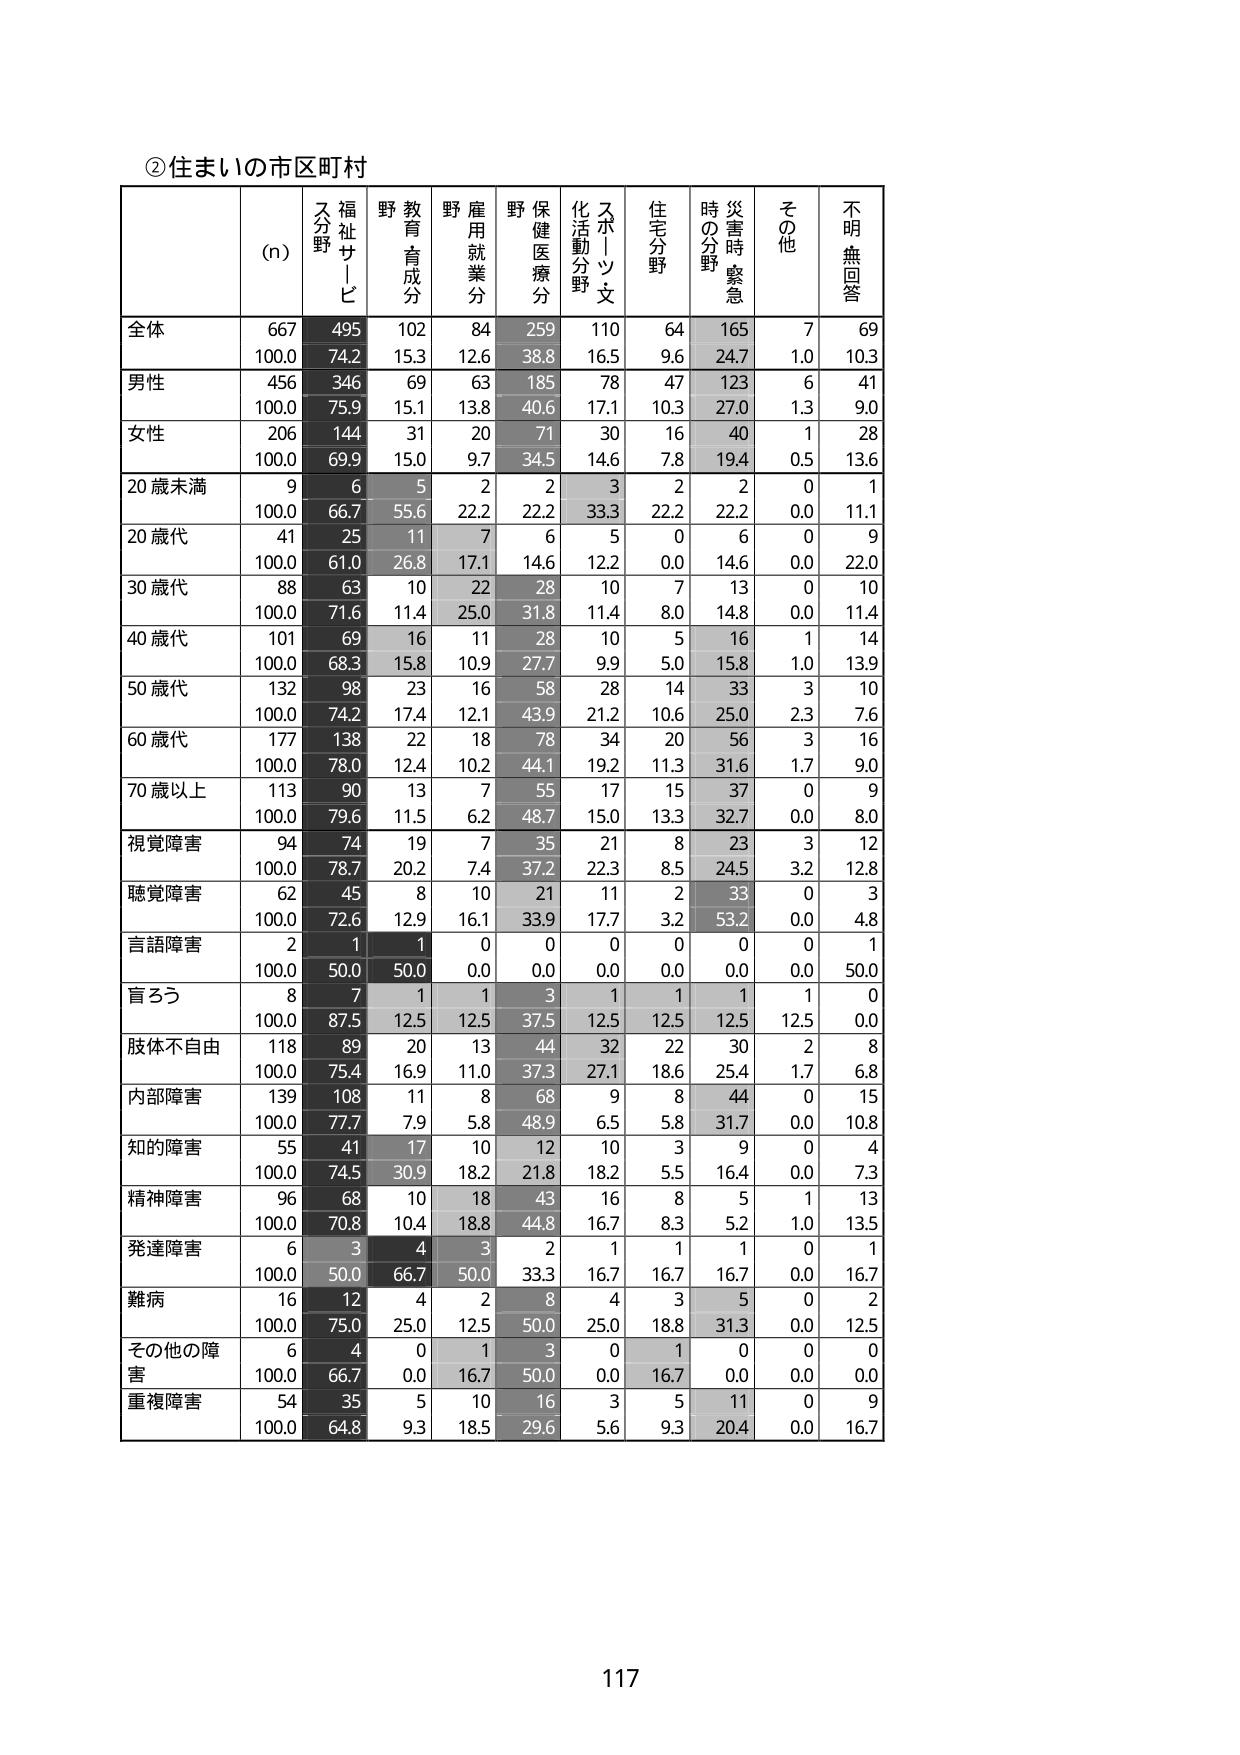
②住まいの市区町村

(n) 福祉サービス分野 教育育成分野 雇用就業分野 保健医療分野 スポーツ・文化活動分野 住宅分野 時の分野 災害時緊急 その他 不明無回答

全体 667 495 102 84 259 110 64 165 7 69
100.0 74.2 15.3 12.6 38.8 16.5 9.6 24.7 1.0 10.3

男性 456 346 69 63 185 78 47 123 6 41
100.0 75.9 15.1 13.8 40.6 17.1 10.3 27.0 1.3 9.0

女性 206 144 31 20 71 30 16 40 1 28
100.0 69.9 15.0 9.7 34.5 14.6 7.8 19.4 0.5 13.6

20歳未満 9 6 5 2 2 3 2 2 0 1
100.0 66.7 55.6 22.2 22.2 33.3 22.2 22.2 0.0 11.1

20歳代 41 25 11 7 6 5 0 6 0 9
100.0 61.0 26.8 17.1 14.6 12.2 0.0 14.6 0.0 22.0

30歳代 88 63 10 22 28 10 7 13 0 10
100.0 71.6 11.4 25.0 31.8 11.4 8.0 14.8 0.0 11.4

40歳代 101 69 16 11 28 10 5 16 1 14
100.0 68.3 15.8 10.9 27.7 9.9 5.0 15.8 1.0 13.9

50歳代 132 98 23 16 58 28 14 33 3 10
100.0 74.2 17.4 12.1 43.9 21.2 10.6 25.0 2.3 7.6

60歳代 177 138 22 18 78 34 20 56 3 16
100.0 78.0 12.4 10.2 44.1 19.2 11.3 31.6 1.7 9.0

70歳以上 113 90 13 7 55 17 15 37 0 9
100.0 79.6 11.5 6.2 48.7 15.0 13.3 32.7 0.0 8.0

視覚障害 94 74 19 7 35 21 8 23 3 12
100.0 78.7 20.2 7.4 37.2 22.3 8.5 24.5 3.2 12.8

聴覚障害 62 45 8 10 21 11 2 33 0 3
100.0 72.6 12.9 16.1 33.9 17.7 3.2 53.2 0.0 4.8

言語障害 2 1 1 0 0 0 0 0 0 1
100.0 50.0 50.0 0.0 0.0 0.0 0.0 0.0 0.0 50.0

盲ろう 8 7 1 1 3 1 1 1 1 0
100.0 87.5 12.5 12.5 37.5 12.5 12.5 12.5 12.5 0.0

肢体不自由 118 89 20 13 44 32 22 30 2 8
100.0 75.4 16.9 11.0 37.3 27.1 18.6 25.4 1.7 6.8

内部障害 139 108 11 8 68 9 8 44 0 15
100.0 77.7 7.9 5.8 48.9 6.5 5.8 31.7 0.0 10.8

知的障害 55 41 17 10 12 10 3 9 0 4
100.0 74.5 30.9 18.2 21.8 18.2 5.5 16.4 0.0 7.3

精神障害 96 68 10 18 43 16 8 5 1 13
100.0 70.8 10.4 18.8 44.8 16.7 8.3 5.2 1.0 13.5

発達障害 6 3 4 3 2 1 1 1 0 1
100.0 50.0 66.7 50.0 33.3 16.7 16.7 16.7 0.0 16.7

難病 16 12 4 2 8 4 3 5 0 2
100.0 75.0 25.0 12.5 50.0 25.0 18.8 31.3 0.0 12.5

その他の障害 6 4 0 1 3 0 1 0 0 0
100.0 66.7 0.0 16.7 50.0 0.0 16.7 0.0 0.0 0.0

重複障害 54 35 5 10 16 3 5 11 0 9
100.0 64.8 9.3 18.5 29.6 5.6 9.3 20.4 0.0 16.7

117